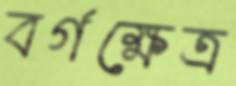
বর্গক্ষেত্র